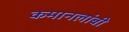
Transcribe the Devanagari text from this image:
कमानलांबी